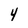
Character: 4